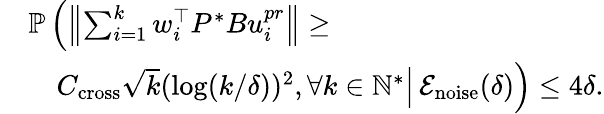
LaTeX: \begin{array}{rl}&{\mathbb{P}\left(\left\| \sum_{i=1}^{k}w_{i}^{\top}P^{*}Bu_{i}^{pr}\right\| \geq\right.}\\ &{\quad\left.\vphantom{\sum_{i}^{i}}C_{\mathrm{cross}}\sqrt{k}(\log(k/\delta))^{2},\forall k\in\mathbb{N}^{*}\right|\left.\mathcal{E}_{\mathrm{noise}}(\delta)\vphantom{\sum_{i}^{i}}\right)\leq 4\delta.}\end{array}